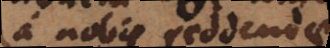
a nobis reddendae